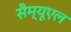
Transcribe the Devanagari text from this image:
सैम्‍यूएल